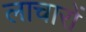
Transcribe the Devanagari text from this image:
लाचारों